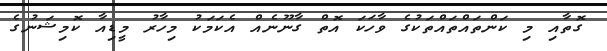
ގޮތާއި މި ކަންތައްތައްތަކުގެ ވާހަކަ އޮތް ގާނޫނެއް އެކަމަކު މިހާރު މީޑިއާ ކޮމިޝަނުގެ